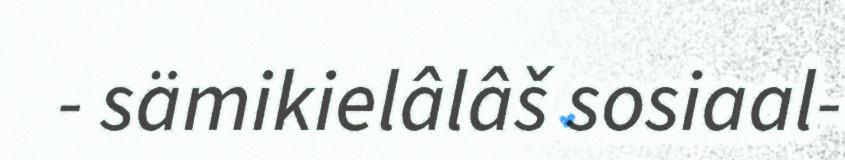
- sämikielâlâš sosiaal-